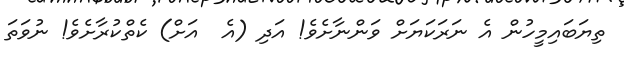
ތިޔަބައިމީހުން އެ ނަރަކަޔަށް ވަންނާށެވެ! އަދި (އެ  އަށް) ކެތްކުރާށެވެ! ނުވަތަ